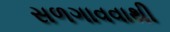
સળગાવવાથી